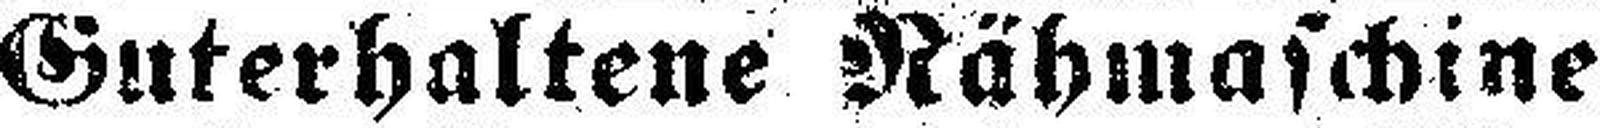
Guterhaltene Rähmaschine